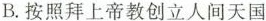
B. 按照拜上帝教创立人间天国